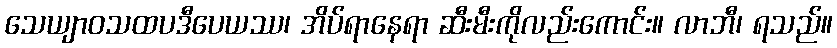
သေယျာဝသထပဒီပေယဿ၊ အိပ်ရာနေရာ ဆီးမီးကိုလည်းကောင်း။ လာဘီ၊ ရသည်။